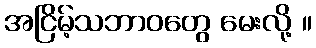
အငြိမ့်သဘာဝတွေ မေးလို့ ။